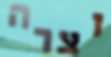
וצרה